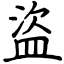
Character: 盜